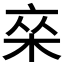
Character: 𰗣